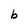
Character: b